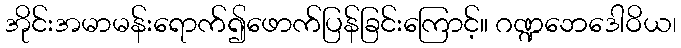
အိုင်းအမာမန်းရောက်၍ဖောက်ပြန်ခြင်းကြောင့်။ ဂဏ္ဍဘေဒေါဝိယ၊